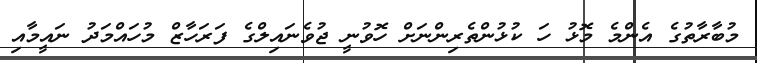
މުބާރާތުގެ އެންމެ މޮޅު ހަ ކުޅުންތެރިންނަށް ހޮވުނީ ޖުވެނައިލްގެ ފަރަހާޒް މުހައްމަދު ނައީމާއި